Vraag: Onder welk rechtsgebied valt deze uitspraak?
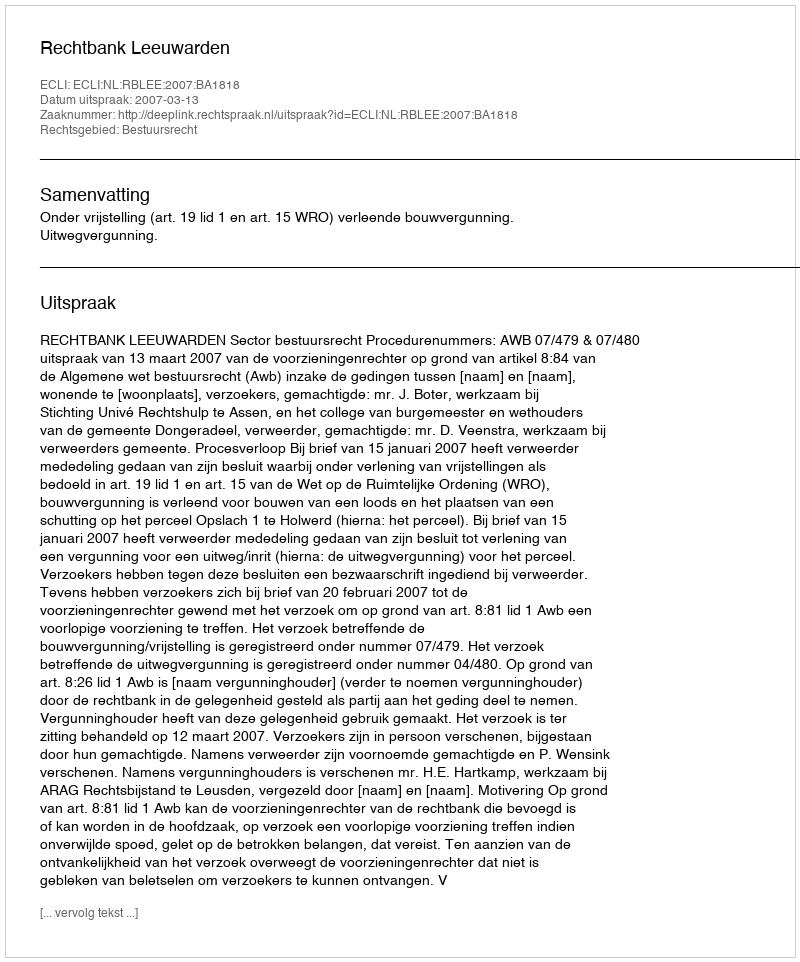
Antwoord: Bestuursrecht